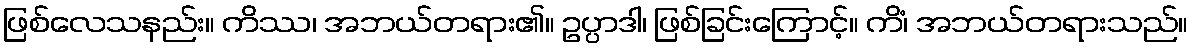
ဖြစ်လေသနည်း။ ကိဿ၊ အဘယ်တရား၏။ ဥပ္ပာဒါ၊ ဖြစ်ခြင်းကြောင့်။ ကိံ၊ အဘယ်တရားသည်။